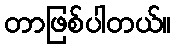
တာဖြစ်ပါတယ်။